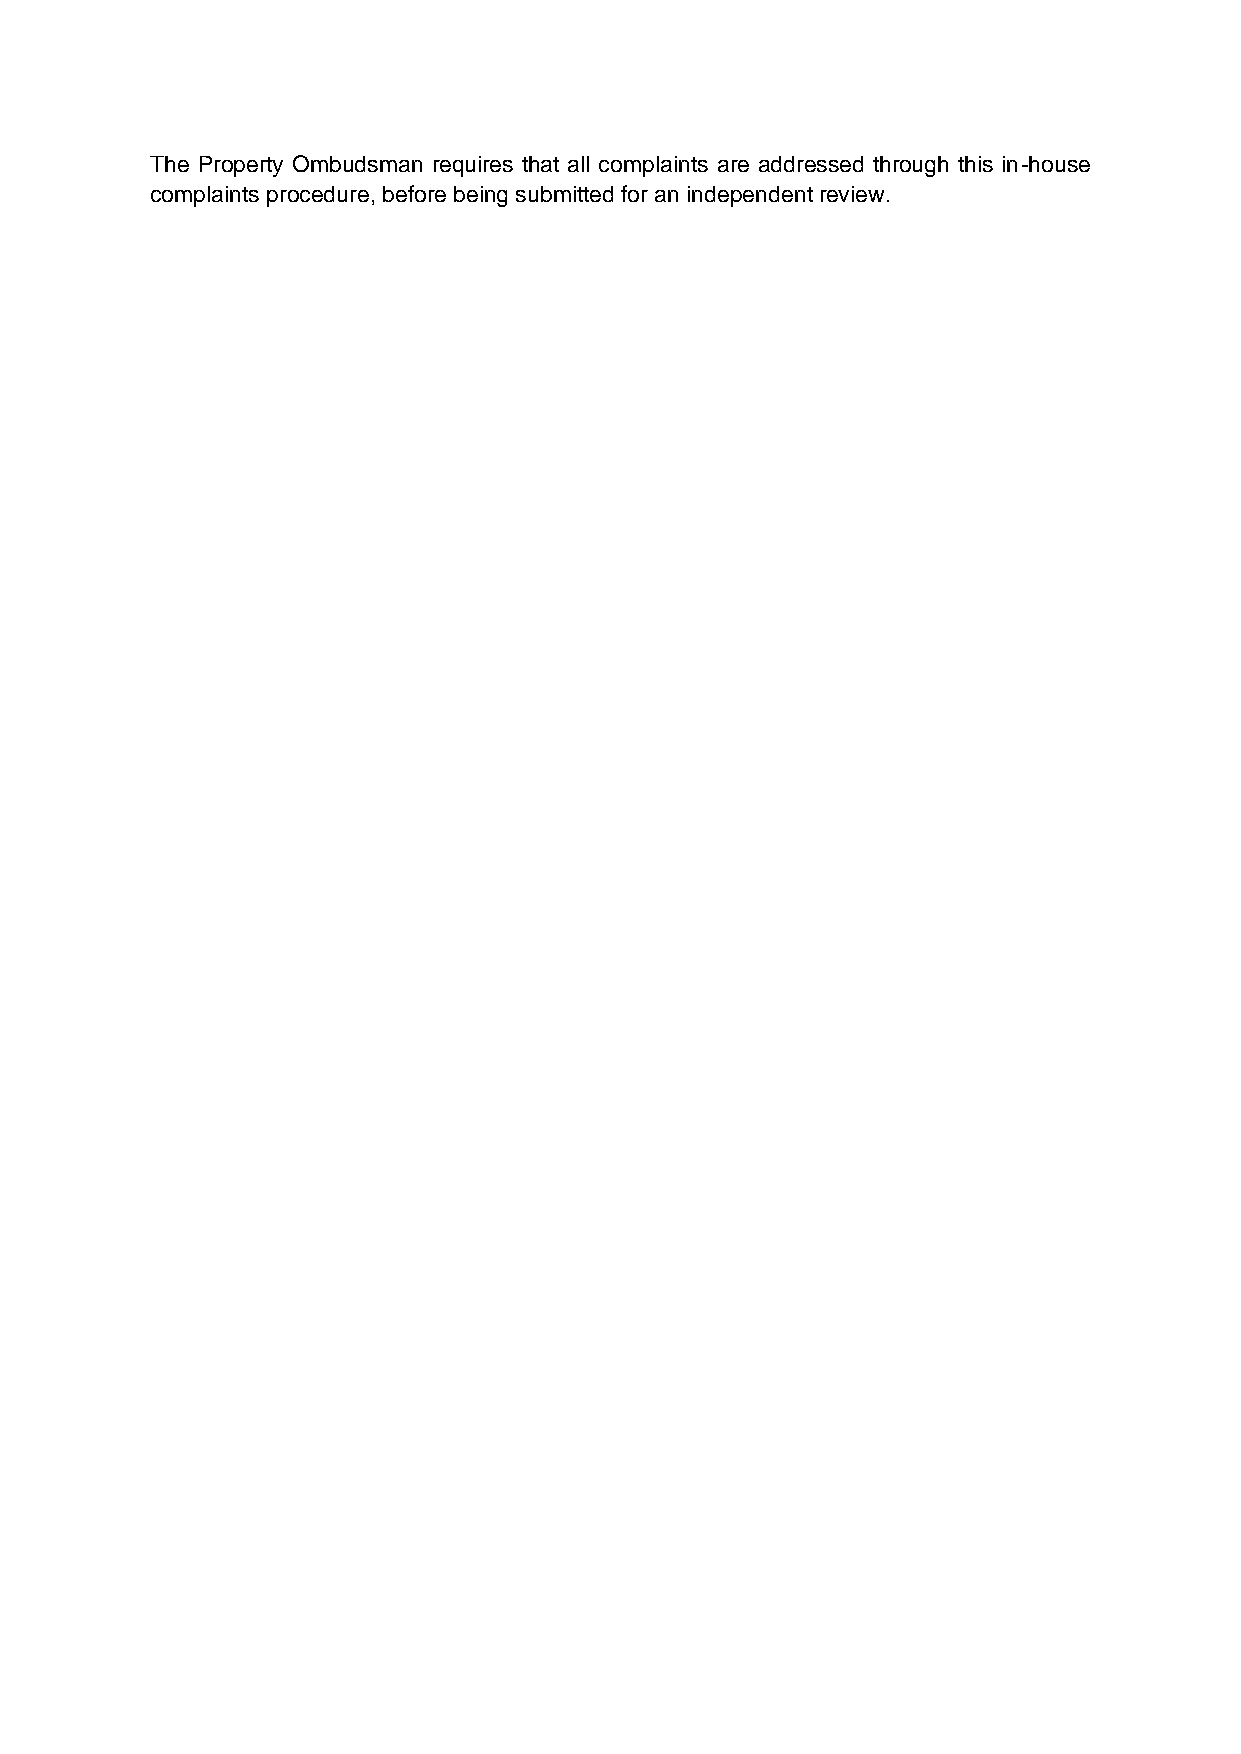
The Property Ombudsman requires that all complaints are addressed through this in-house
 complaints procedure, before being submitted for an independent review.